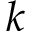
k